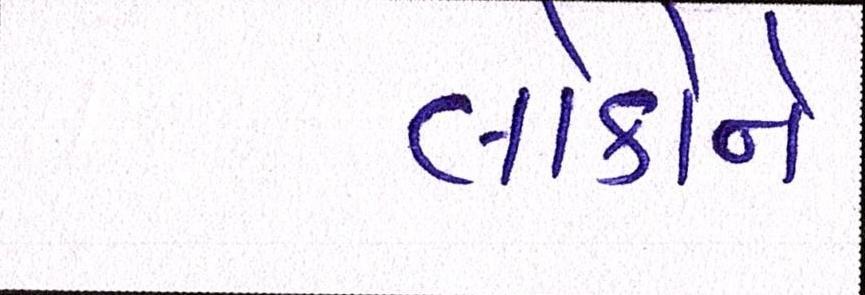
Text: લોકોને